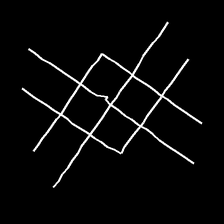
Glyph: crystal